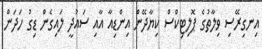
އިނގިރޭސި ވިލާތުގެ ޕޮލިޓިކްސް ކިޔާދޭން އިންޑިއާ އާއި ސައުދީ ލައިގެން ޑިގު ހަދަން